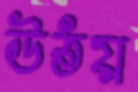
উঠয়